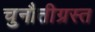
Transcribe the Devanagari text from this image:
चुनौतीग्रस्त